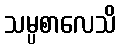
သမ္ပစာလေသိ